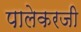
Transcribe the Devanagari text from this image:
पालेकरजी